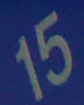
15